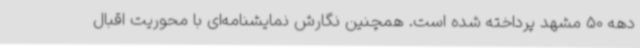
دهه 50 مشهد پرداخته شده است. همچنین نگارش نمایشنامه‌ای با محوریت اقبال